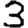
Digit: 3